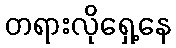
တရားလိုရှေ့နေ